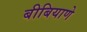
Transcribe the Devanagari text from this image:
बीबियाणे